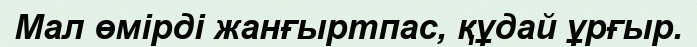
Мал өмірді жанғыртпас, құдай ұрғыр.